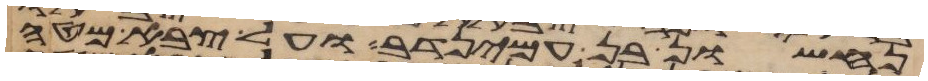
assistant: נחשון בן עמינדב ועל צבא מטה